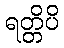
ရတ္တိပိ